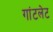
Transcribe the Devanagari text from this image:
गांटलेट